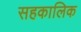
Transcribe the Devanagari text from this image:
सहकालिक